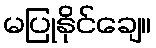
မပြုနိုင်ချေ။